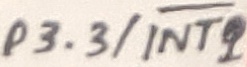
Text: P3.3/INT1